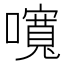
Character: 𡂷